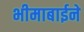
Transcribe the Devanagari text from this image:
भीमाबाईने